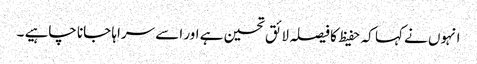
انہوں نے کہا کہ حفیظ کا فیصلہ لائق تحسین ہے اور اسے سراہا جانا چاہیے ۔